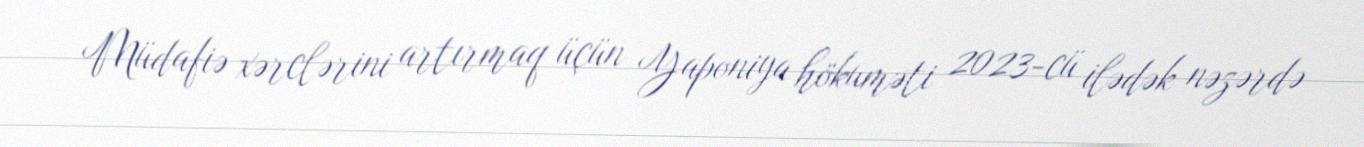
Müdafiə xərclərini artırmaq üçün Yaponiya hökuməti 2023-cü ilədək nəzərdə